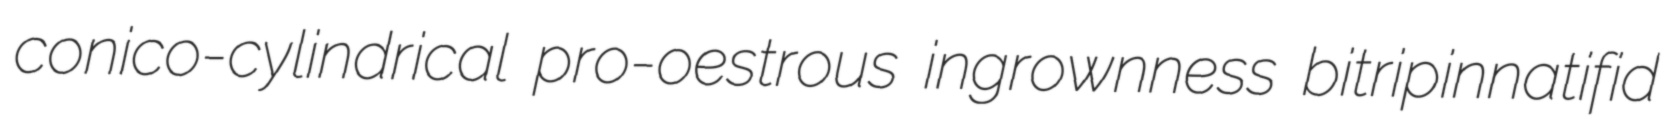
conico-cylindrical pro-oestrous ingrownness bitripinnatifid